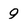
Character: 9